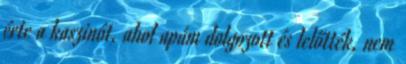
érte a kaszinót, ahol apám dolgozott és lelőtték, nem